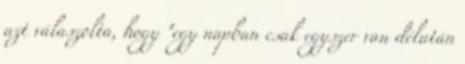
azt válaszolta, hogy "egy napban csak egyszer van délután